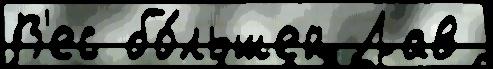
В'ес бо́льшей Лав